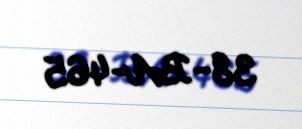
38-BA-465